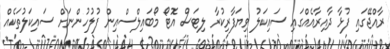
ރާއްޖޭގައި ފުޅާ ދާއިރާއެއްގައި ސައިކަލު ވިޔަފާރިކުރާ ލިޓަސް އޮޓޯ މޯބައިލްސްއިން ފުލުހުންނަށް ސައިކަލުތަކެއް